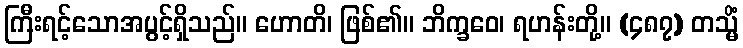
ကြီးရင့်သောအပွင့်ရှိသည်။ ဟောတိ၊ ဖြစ်၏။ ဘိက္ခဝေ၊ ရဟန်းတို့။ (၄၈၇) တသ္မိံ